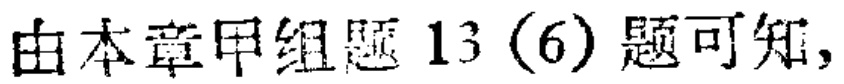
由本章甲组题13（6）题可知,